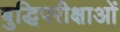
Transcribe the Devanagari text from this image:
बुद्धिपरीक्षाओं